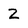
Character: 2